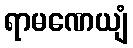
ရာမဏေယျံ